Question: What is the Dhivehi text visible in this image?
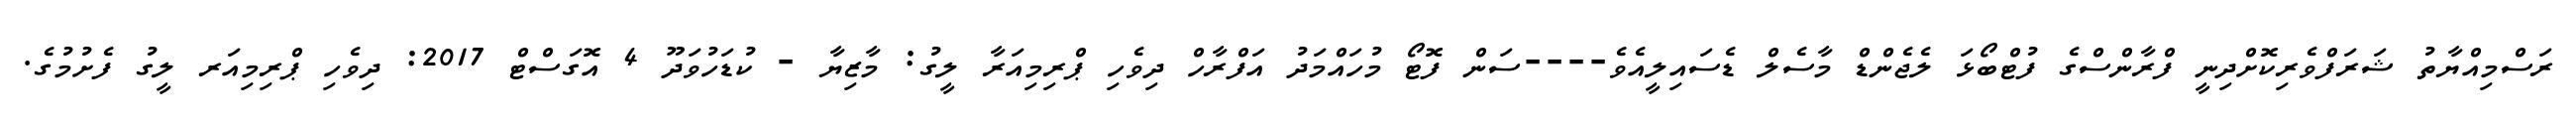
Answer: ރަސްމިއްޔާތު ޝަރަފްވެރިކޮށްދިނީ ފްރާންސްގެ ފުޓްބޯޅަ ލެޖެންޑް މާސެލް ޑެސައިލީއެވެ----ސަން ފޮޓޯ މުހައްމަދު އަފްރާހް ދިވެހި ޕްރިމިއަރާ ލީގު: މާޒިޔާ - ކުޑަހުވަދޫ 4 އޮގަސްޓް 2017: ދިވެހި ޕްރިމިއަރ ލީގު ފެށުމުގެ.